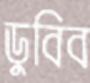
ডুবিব